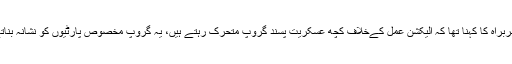
نیکٹا سربراہ کا کہنا تھا کہ الیکشن عمل کےخلاف کچھ عسکریت پسند گروپ متحرک رہتے ہیں، یہ گروپ مخصوص پارٹیوں کو نشانہ بناتے ہیں۔